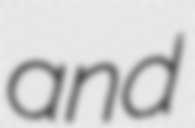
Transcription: and